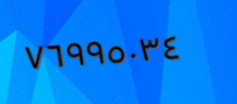
٧٦٩٩٥٠٣٤